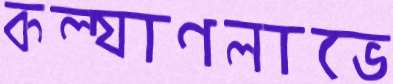
কল্যাণলাভে